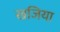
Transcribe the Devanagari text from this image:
खजिया